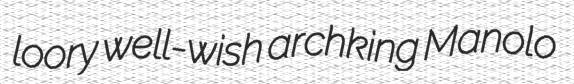
loory well-wish archking Manolo